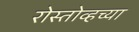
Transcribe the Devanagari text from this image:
रोस्तोव्हच्या